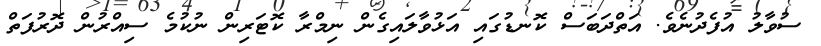
ސުވާލު އުފެދުނެވެ. އަތްދަބަސް ކޮނޑުގައި އަޅުވާލައިގެން ނިމްރާ ކޮޓަރިން ނުކުމެ ސިއްރުން ދޮރުފަތް